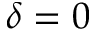
\delta = 0